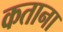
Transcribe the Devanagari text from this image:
कताना